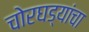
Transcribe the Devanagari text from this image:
चोरघड्यांचा